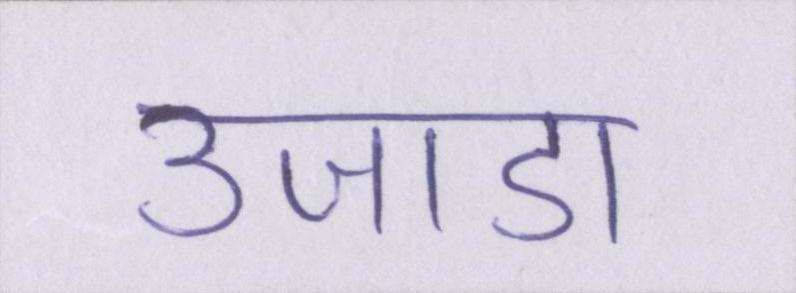
उजाडा